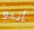
أندو